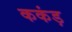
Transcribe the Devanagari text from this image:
ककंड़